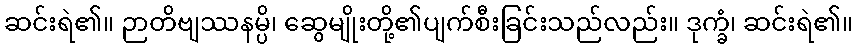
ဆင်းရဲ၏။ ဉာတိဗျဿနမ္ပိ၊ ဆွေမျိုးတို့၏ပျက်စီးခြင်းသည်လည်း။ ဒုက္ခံ၊ ဆင်းရဲ၏။